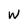
Character: W